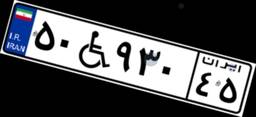
۵۰W۹۳۰۴۵